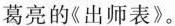
葛亮的《出师表》。